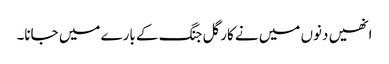
انھیں دنوں میں نے کارگل جنگ کے بارے میں جانا۔